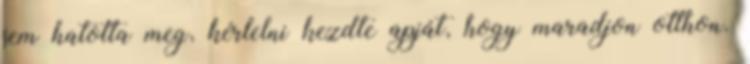
sem hatotta meg, kérlelni kezdte apját, hogy maradjon otthon.